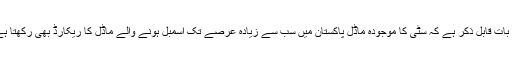
یہ بات قابلِ ذکر ہے کہ سٹی کا موجودہ ماڈل پاکستان میں سب سے زیادہ عرصے تک اسمبل ہونے والے ماڈل کا ریکارڈ بھی رکھتا ہے۔